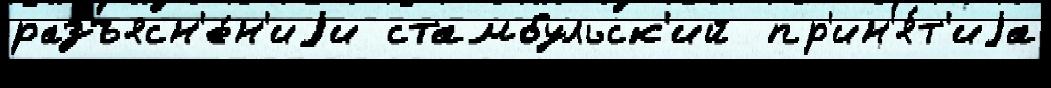
разъясн'е́н'иjи стамбульск'ий  пр'ин'я́т'иjа